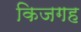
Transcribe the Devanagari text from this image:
किजगह